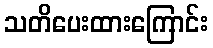
သတိပေးထားကြောင်း